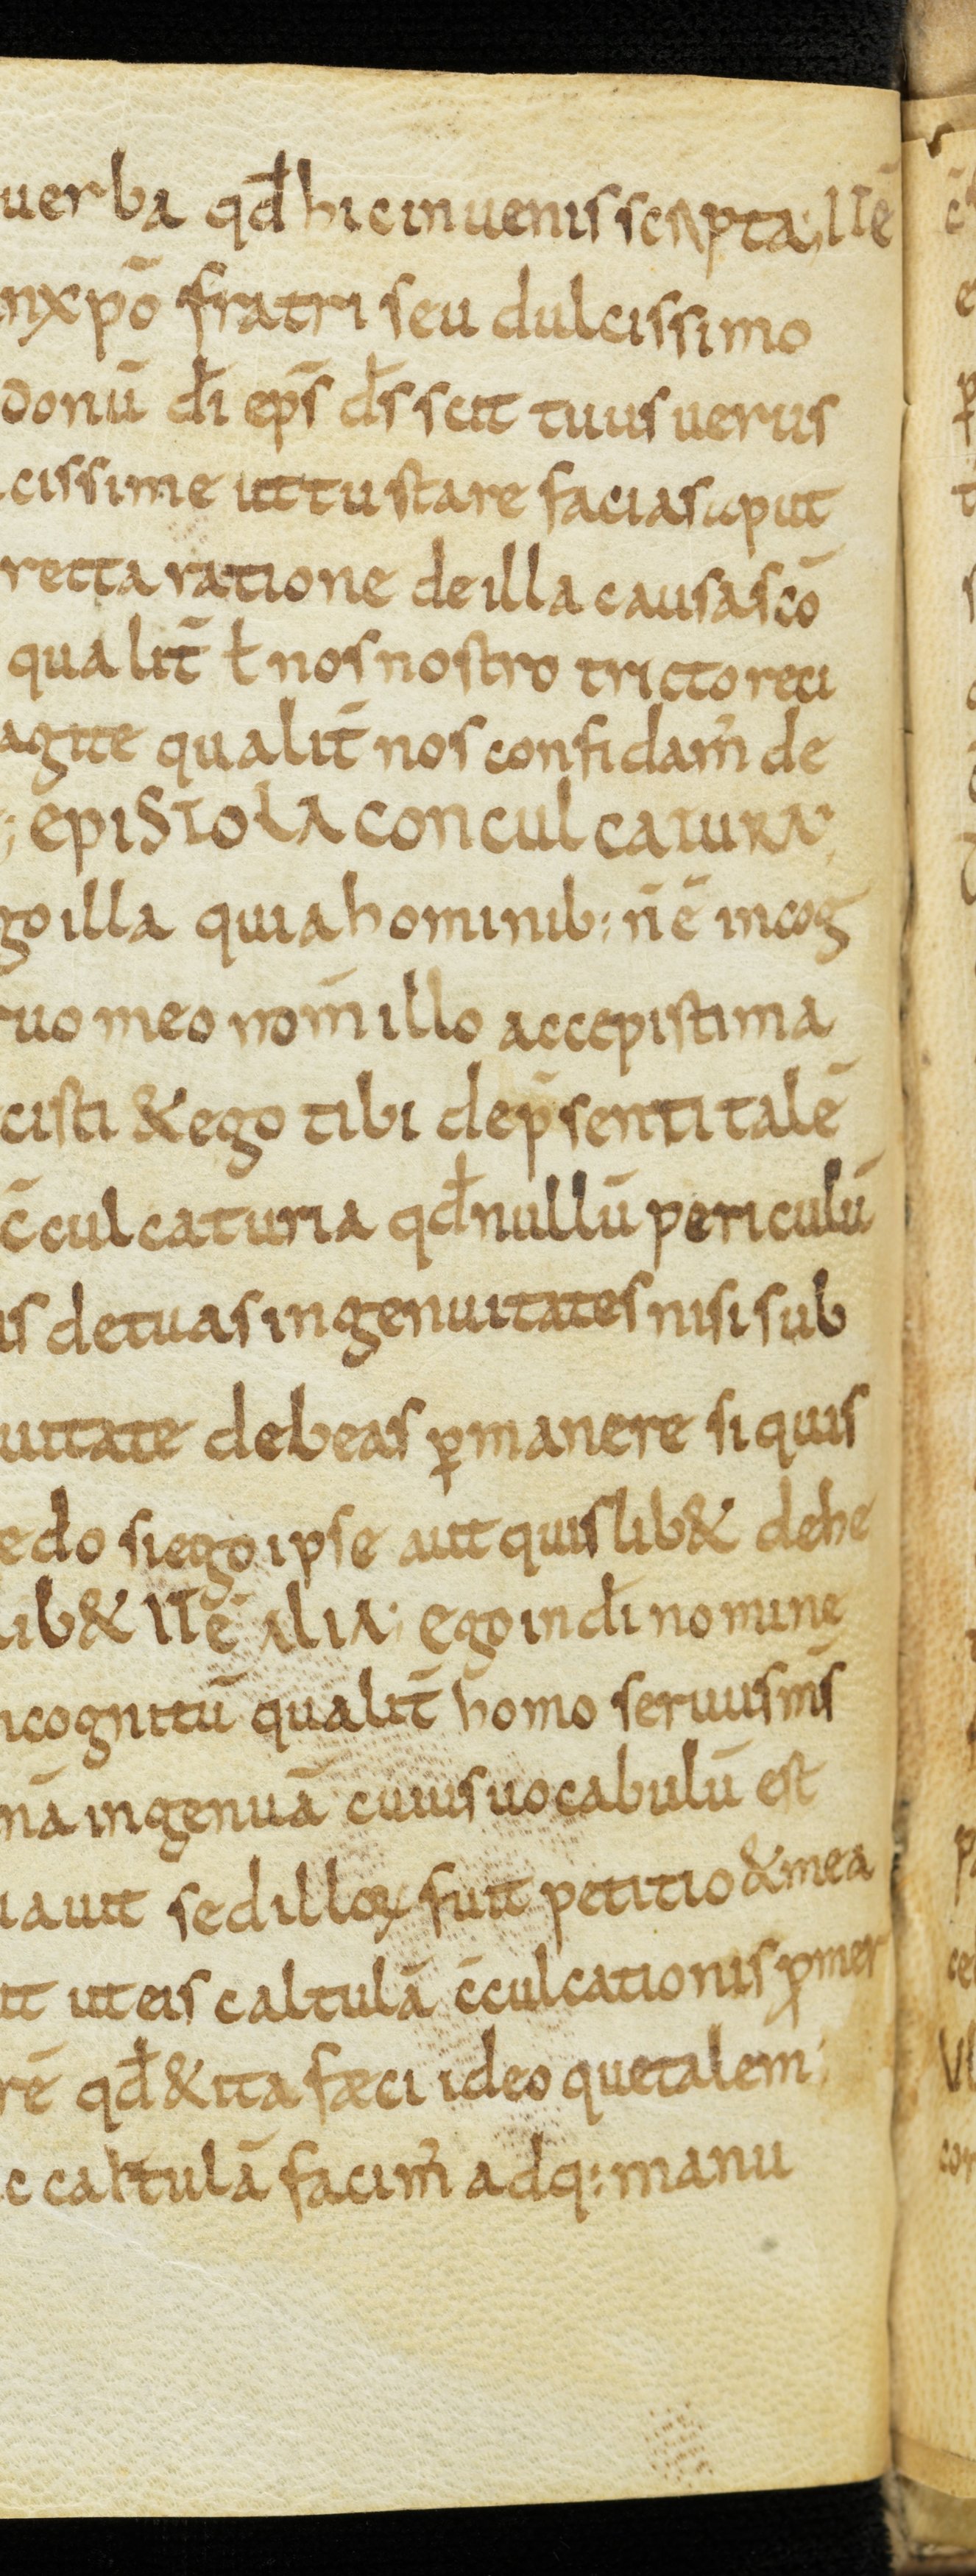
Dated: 850–899